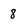
Character: 8